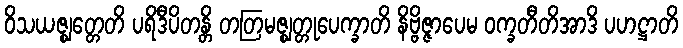
ဝိသယဇ္ဈတ္တေတိ ပရိဒီပိတန္တိ တတြမဇ္ဈတ္တုပေက္ခာတိ နိဗ္ဗိဇ္ဇာပေမ ဝက္ခတီတိအာဒိ ပဟဋ္ဌာတိ